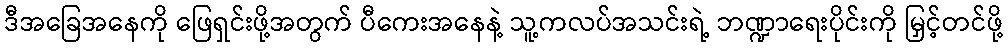
ဒီအခြေအနေကို ဖြေရှင်းဖို့အတွက် ပီကေးအနေနဲ့ သူ့ကလပ်အသင်းရဲ့ ဘဏ္ဍာရေးပိုင်းကို မြှင့်တင်ဖို့